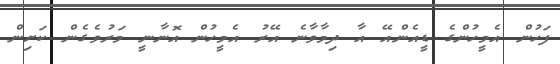
ފަހުން އެމީހުންގެ ޑީއެންއޭ އާ ދިމާވާނެ އޭރު އެމީހުން އޮނާނީ މަރުވެގެން ކަށިން